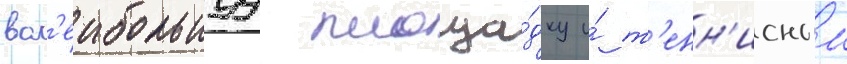
вол'еибольнуу площа́дку и́ т'енн'исныи